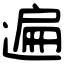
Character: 遍